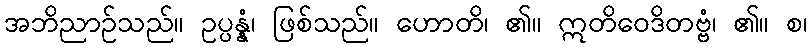
အဘိညာဉ်သည်။ ဥပ္ပန္နံ၊ ဖြစ်သည်။ ဟောတိ၊ ၏။ ဣတိဝေဒိတဗ္ဗံ၊ ၏။ စ၊